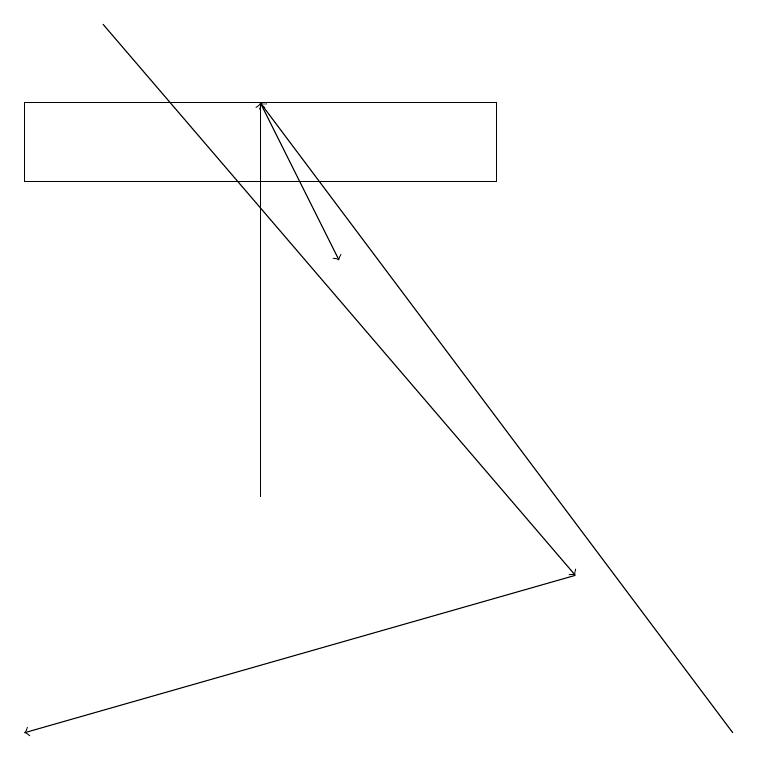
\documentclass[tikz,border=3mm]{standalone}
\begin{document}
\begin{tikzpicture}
\draw (6,18) rectangle (0,17);
\draw[->] (1,19) -- (7,12);
\draw[->] (7,12) -- (0,10);
\draw[->] (9,10) -- (3,18);
\draw[->] (3,13) -- (3,18);
\draw[->] (3,18) -- (4,16);
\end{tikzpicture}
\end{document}